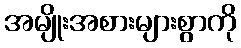
အမျိုးအစားများစွာကို